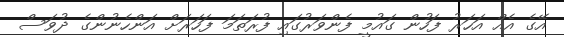
އޭގެ އެއް އަހަރު ފަހުން ގައުމީ ފެންވަރުގައި ފުރަތަމަ ފަހަރަށް އަންހެނުންގެ ދުވަސް